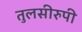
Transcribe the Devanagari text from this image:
तुलसीरुपी